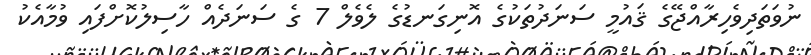
ނުވަތަދިވެހިރާއްޖޭގެ ޤައުމީ ސަނަދުތަކުގެ އޮނިގަނޑުގެ ލެވެލް 7 ގެ ސަނަދެއް ހާސިލުކޮށްފައި ވުމާއެކު